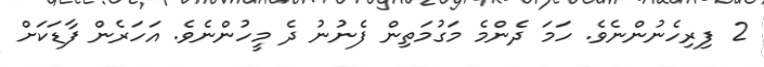
2 ފިރިހެނުންނެވެ. ހަމަ ދެންމެ މަގުމަތިން ފެނުނު ދެ މީހުންނެވެ. އަހަރެން ފާޑަކަށް